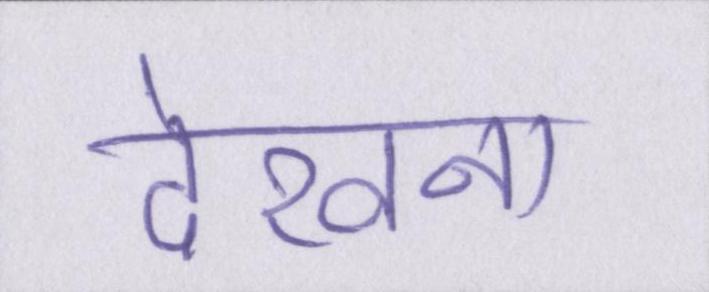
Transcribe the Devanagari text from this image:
देखना